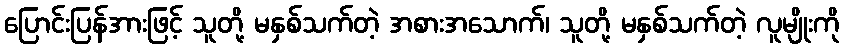
ပြောင်းပြန်အားဖြင့် သူတို့ မနှစ်သက်တဲ့ အစားအသောက်၊ သူတို့ မနှစ်သက်တဲ့ လူမျိုးကို